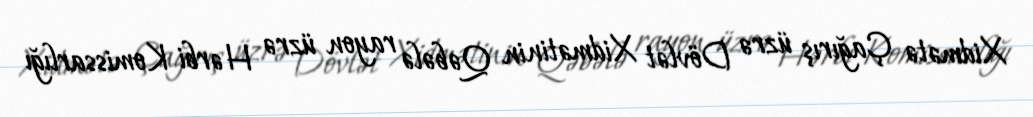
Xidmətə Çağırış üzrə Dövlət Xidmətinin Qəbələ rayon üzrə Hərbi Komissarlığı